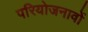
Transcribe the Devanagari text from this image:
परियोजनावों